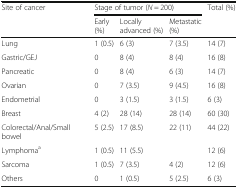
<table><thead><tr><td rowspan="2"><b>Site of cancer</b></td><td colspan="3"><b>Stage of tumor (<i>N</i> = 200)</b></td><td rowspan="2"><b>Total (%)</b></td></tr><tr><td><b>Early (%)</b></td><td><b>Locally advanced (%)</b></td><td><b>Metastatic (%)</b></td></tr></thead><tbody><tr><td>Lung</td><td>1 (0.5)</td><td>6 (3)</td><td>7 (3.5)</td><td>14 (7)</td></tr><tr><td>Gastric/GEJ</td><td>0</td><td>8 (4)</td><td>8 (4)</td><td>16 (8)</td></tr><tr><td>Pancreatic</td><td>0</td><td>8 (4)</td><td>6 (3)</td><td>14 (7)</td></tr><tr><td>Ovarian</td><td>0</td><td>7 (3.5)</td><td>9 (4.5)</td><td>16 (8)</td></tr><tr><td>Endometrial</td><td>0</td><td>3 (1.5)</td><td>3 (1.5)</td><td>6 (3)</td></tr><tr><td>Breast</td><td>4 (2)</td><td>28 (14)</td><td>28 (14)</td><td>60 (30)</td></tr><tr><td>Colorectal/Anal/Small bowel</td><td>5 (2.5)</td><td>17 (8.5)</td><td>22 (11)</td><td>44 (22)</td></tr><tr><td>Lymphoma<sup>a</sup></td><td>1 (0.5)</td><td colspan="2">11 (5.5)</td><td>12 (6)</td></tr><tr><td>Sarcoma</td><td>1 (0.5)</td><td>7 (3.5)</td><td>4 (2)</td><td>12 (6)</td></tr><tr><td>Others</td><td>0</td><td>1 (0.5)</td><td>5 (2.5)</td><td>6 (3)</td></tr></tbody></table>